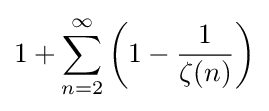
1+\sum _{n=2}^{\infty }\left(1-{\frac {1}{\zeta (n)}}\right)